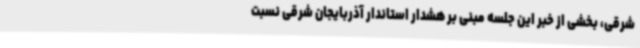
شرقی، بخشی از خبر این جلسه مبنی بر هشدار استاندار آذربایجان شرقی نسبت